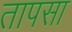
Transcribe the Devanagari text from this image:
तापसा